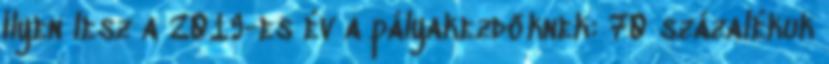
Ilyen lesz a 2019-es év a pályakezdőknek: 70 százalékuk